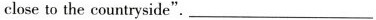
closeto the countryside”.___